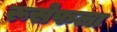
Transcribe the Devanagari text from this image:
रूसेफला